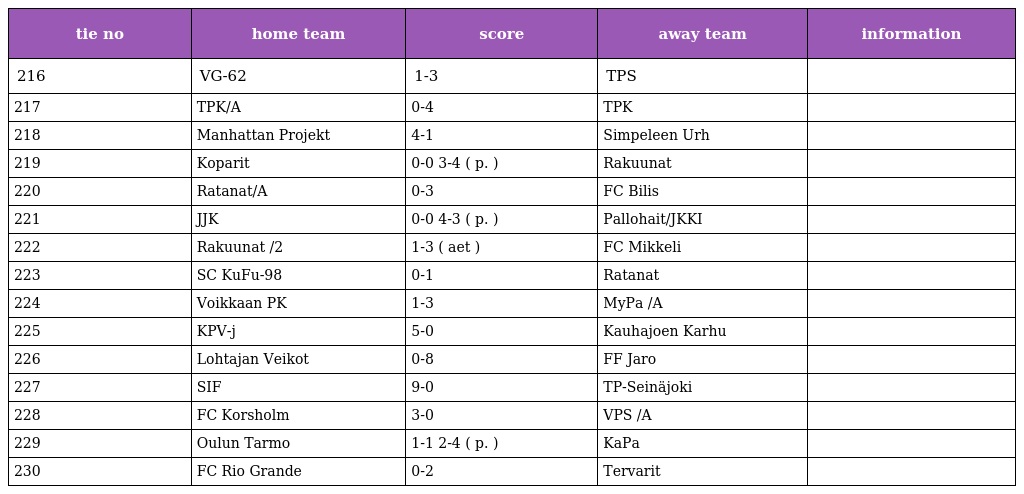
| tie no | home team | score | away team | information |
 | --- | --- | --- | --- | --- |
 | 216 | VG-62 | 1-3 | TPS |  |
 | 217 | TPK/A | 0-4 | TPK |  |
 | 218 | Manhattan Projekt | 4-1 | Simpeleen Urh |  |
 | 219 | Koparit | 0-0 3-4 ( p. ) | Rakuunat |  |
 | 220 | Ratanat/A | 0-3 | FC Bilis |  |
 | 221 | JJK | 0-0 4-3 ( p. ) | Pallohait/JKKI |  |
 | 222 | Rakuunat /2 | 1-3 ( aet ) | FC Mikkeli |  |
 | 223 | SC KuFu-98 | 0-1 | Ratanat |  |
 | 224 | Voikkaan PK | 1-3 | MyPa /A |  |
 | 225 | KPV-j | 5-0 | Kauhajoen Karhu |  |
 | 226 | Lohtajan Veikot | 0-8 | FF Jaro |  |
 | 227 | SIF | 9-0 | TP-Seinäjoki |  |
 | 228 | FC Korsholm | 3-0 | VPS /A |  |
 | 229 | Oulun Tarmo | 1-1 2-4 ( p. ) | KaPa |  |
 | 230 | FC Rio Grande | 0-2 | Tervarit |  |